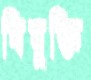
বিযুক্তি